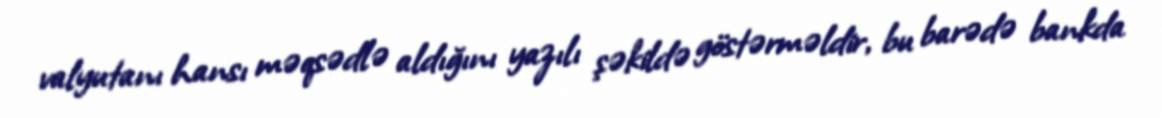
valyutanı hansı məqsədlə aldığını yazılı şəkildə göstərməldir, bu barədə bankda